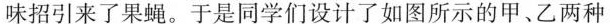
味招引来了果蝇。于是同学们设计了如图所示的甲、乙两种